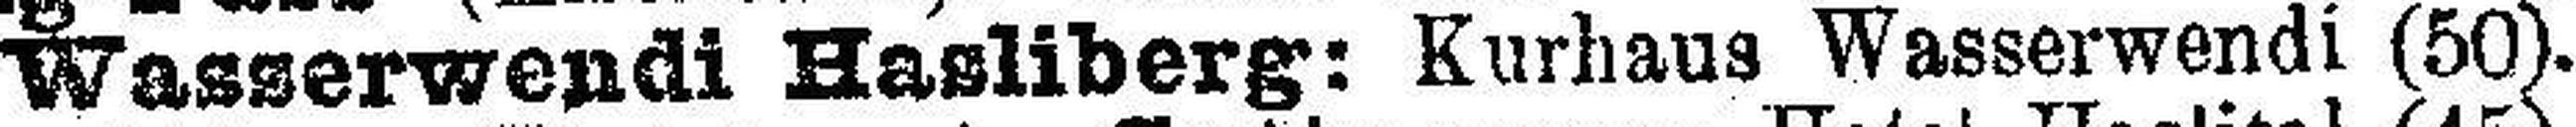
Wasserwendi Hasliberg: Kurhaus Wasserwendi (50).